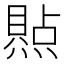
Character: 𪹭